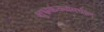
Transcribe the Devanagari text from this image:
शुभ्रकंठ्यांमधील